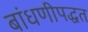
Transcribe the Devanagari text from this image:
बांधणीपद्धत